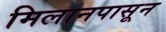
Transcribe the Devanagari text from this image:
मिलानपासून